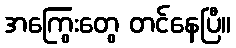
အကြွေးတွေ တင်နေပြီ။